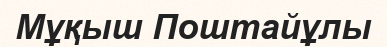
Мұқыш Поштайұлы